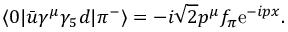
\langle 0 | \bar { u } \gamma ^ { \mu } \gamma _ { 5 } d | \pi ^ { - } \rangle = - i \sqrt { 2 } p ^ { \mu } f _ { \pi } \mathrm { e } ^ { - i p x } .